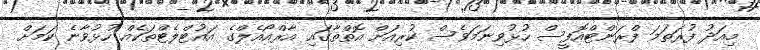
މިއަދު ފުރަތަމަ ފްރަންޓްއޮފީސް ހުޅުވިނަމަވެސް ކުރިއަށް އޮތްތާގައި އާރްއޯއެލްގެ އައުޓްލެޓްތަކެއް ހުޅުވާނެ ކަމަށް